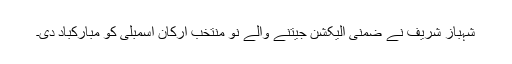
شہباز شریف نے ضمنی الیکشن جیتنے والے نو منتخب ارکان اسمبلی کو مبارکباد دی۔